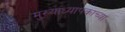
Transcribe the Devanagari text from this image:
मुख्याध्यापकाच्या